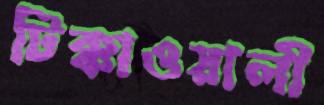
টিক্কাওয়ালী